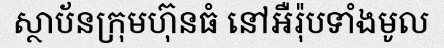
ស្ថាប័នក្រុមហ៊ុនធំ នៅអឺរ៉ុបទាំងមូល